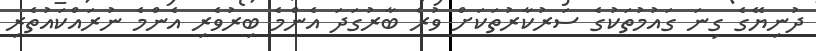
ދުނިޔޭގެ ގިނަ ގައުމުތަކުގެ ސަރުކާރުތަކަށް ވުރެ ބާރުގަދަ އެންމެ ބިރުވެރި އެންމެ ނުރައްކައުތެރި